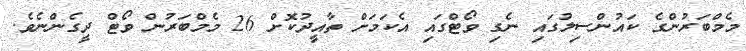
މެމްބަރުންގެ ކައުންސިލުގައި ނެގި ވޯޓްގައި އެކަމަށް ތާއީދުކޮށް 26 މެމްބަރުން ވޯޓް ދީގެންނެވެ.